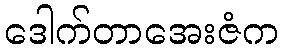
ဒေါက်တာအေးဇံက